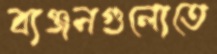
ব্যঞ্জনগুলোতে